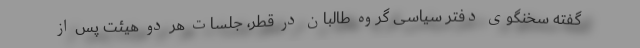
گفته سخنگوی دفتر سیاسی گروه طالبان در قطر، جلسات هر دو هیئت پس از